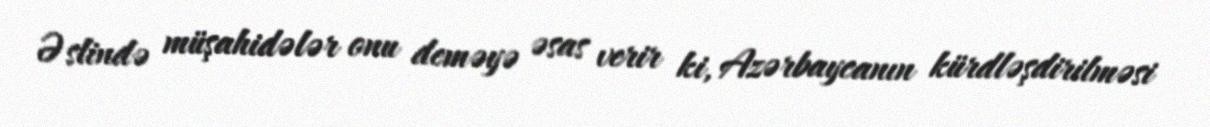
Əslində müşahidələr onu deməyə əsas verir ki, Azərbaycanın kürdləşdirilməsi